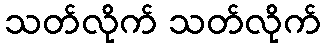
သတ်လိုက် သတ်လိုက်